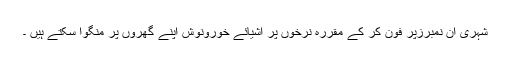
شہری ان نمبرزپر فون کر کے مقررہ نرخوں پر اشیائے خورونوش اپنے گھروں پر منگوا سکتے ہیں ۔